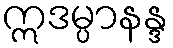
ဣဒမ္ပာနန္ဒ